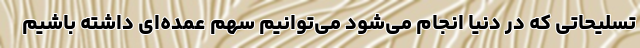
تسلیحاتی که در دنیا انجام می‌شود می‌توانیم سهم عمده‌ای داشته باشیم